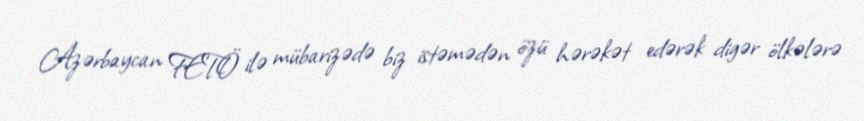
Azərbaycan FETÖ ilə mübarizədə biz istəmədən özü hərəkət edərək digər ölkələrə